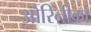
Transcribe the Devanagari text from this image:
ओरिनीको